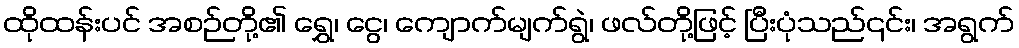
ထိုထန်းပင် အစဉ်တို့၏ ရွှေ၊ ငွေ၊ ကျောက်မျက်ရွဲ၊ ဖလ်တို့ဖြင့် ပြီးပုံသည်၎င်း၊ အရွက်